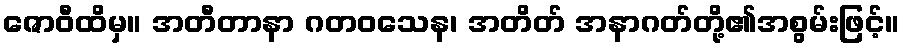
ဇောဝီထိမှ။ အတီတာနာ ဂတဝသေန၊ အတိတ် အနာဂတ်တို့၏အစွမ်းဖြင့်။